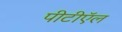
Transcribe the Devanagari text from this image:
पीटीऍल